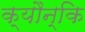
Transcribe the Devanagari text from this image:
क्यौन्कि